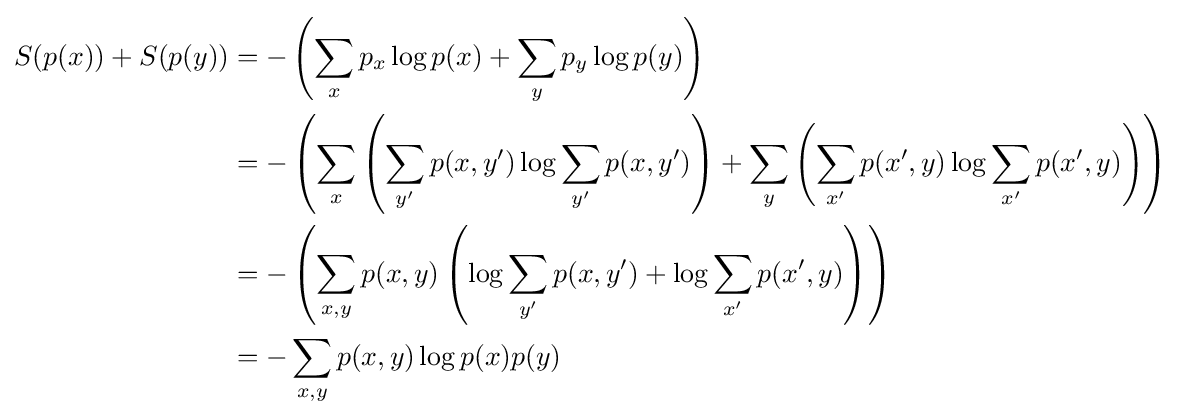
{\begin{aligned}S(p(x))+S(p(y))&=-\left(\sum _{x}p_{x}\log p(x)+\sum _{y}p_{y}\log p(y)\right)\\&=-\left(\sum _{x}\left(\sum _{y'}p(x,y')\log \sum _{y'}p(x,y')\right)+\sum _{y}\left(\sum _{x'}p(x',y)\log \sum _{x'}p(x',y)\right)\right)\\&=-\left(\sum _{x,y}p(x,y)\left(\log \sum _{y'}p(x,y')+\log \sum _{x'}p(x',y)\right)\right)\\&=-\sum _{x,y}p(x,y)\log p(x)p(y)\end{aligned}}